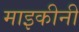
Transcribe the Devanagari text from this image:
माइकीनी